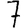
Digit: 7